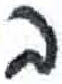
אות: ב